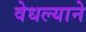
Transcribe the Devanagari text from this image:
वेधल्याने